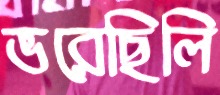
ভরেছিলি